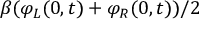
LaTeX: \beta ( \varphi _ { L } ( 0 , t ) + \varphi _ { R } ( 0 , t ) ) / 2